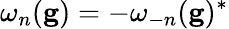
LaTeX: \omega_{n}(\mathbf{g})=-\omega_{-n}(\mathbf{g})^{*}